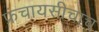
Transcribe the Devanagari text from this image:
फ्रंचायसीचाच